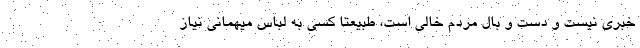
خبری نیست و دست و بال مردم خالی است، طبیعتاً کسی به لباس میهمانی نیاز